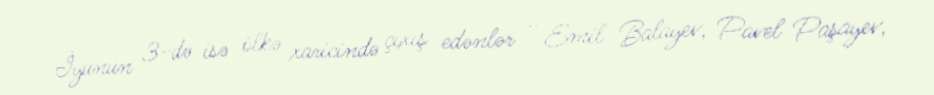
İyunun 3-də isə ölkə xaricində çıxış edənlər - Emil Balayev, Pavel Paşayev,